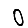
Digit: 0